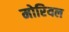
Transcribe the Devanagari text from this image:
मोरियल